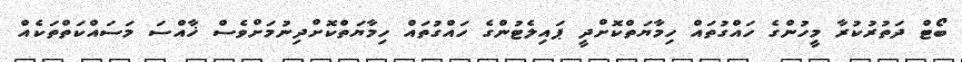
ބޯޓް ދަތުރުކުރާ މީހުންގެ ހައްގުތައް ހިމާޔަތްކޮށްދީ ޕައިލެޓުންގެ ހައްގުތައް ހިމާޔަތްކޮށްދިނުމަށްވެސް ޚާއްސަ މަސައްކަތްތަކެއް